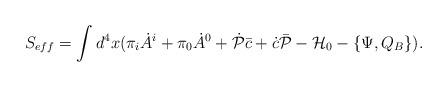
LaTeX: \begin{align*}S_{eff}= \int d^4x (\pi_i\dot A^i + \pi_0 \dot A^0 + \dot{\cal P}\bar c +\dot c\bar{\cal P} - {\cal H}_0 - \{\Psi, Q_B\}).\end{align*}